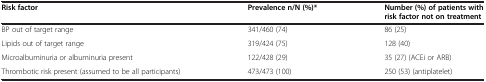
<table><thead><tr><td><b>Risk factor</b></td><td><b>Prevalence n/N (%)*</b></td><td><b>Number (%) of patients with risk factor not on treatment</b></td></tr></thead><tbody><tr><td>BP out of target range</td><td>341/460 (74)</td><td>86 (25)</td></tr><tr><td>Lipids out of target range</td><td>319/424 (75)</td><td>128 (40)</td></tr><tr><td>Microalbuminuria or albuminuria present</td><td>122/428 (29)</td><td>35 (27) (ACEi or ARB)</td></tr><tr><td>Thrombotic risk present (assumed to be all participants)</td><td>473/473 (100)</td><td>250 (53) (antiplatelet)</td></tr></tbody></table>